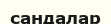
сандалар